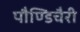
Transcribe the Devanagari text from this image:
पौण्डिचैरी